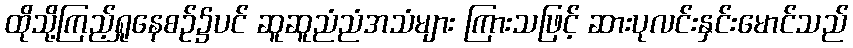
ထိုသို့ကြည့်ရှုနေစဉ်၌ပင် ဆူဆူညံညံအသံများ ကြားသဖြင့် ဆားပုလင်းနှင်းမောင်သည်